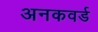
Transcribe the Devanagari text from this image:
अनकवर्ड